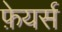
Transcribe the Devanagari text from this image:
फ़ेयर्स